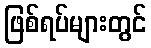
ဖြစ်ရပ်များတွင်